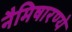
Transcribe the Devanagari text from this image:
नैमिषारण्ये